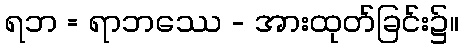
ရဘ = ရာဘဿေ - အားထုတ်ခြင်း၌။